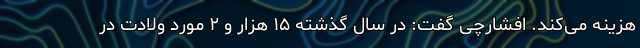
هزینه می‌کند. افشارچی گفت: در سال گذشته ۱۵ هزار و ۲ مورد ولادت در